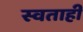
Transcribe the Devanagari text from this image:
स्वताही